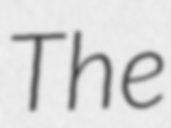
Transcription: The